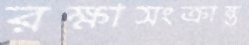
রক্ষাসংক্রান্ত